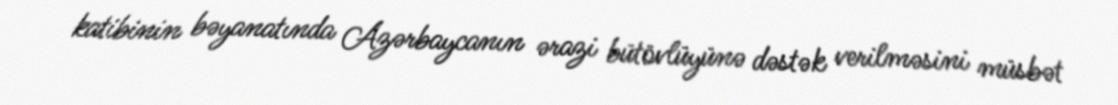
katibinin bəyanatında Azərbaycanın ərazi bütövlüyünə dəstək verilməsini müsbət